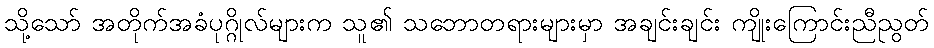
သို့သော် အတိုက်အခံပုဂ္ဂိုလ်များက သူ၏ သဘောတရားများမှာ အချင်းချင်း ကျိုးကြောင်းညီညွတ်